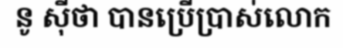
នូ ស៊ីថា បានប្រើប្រាស់លោក